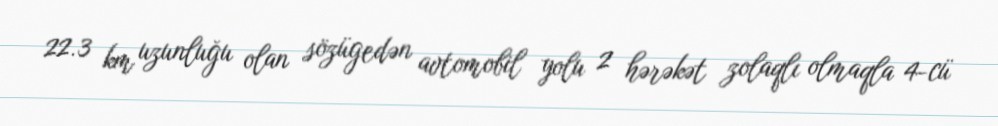
22.3 km uzunluğu olan sözügedən avtomobil yolu 2 hərəkət zolaqlı olmaqla 4-cü